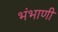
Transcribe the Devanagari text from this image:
भंभाणी